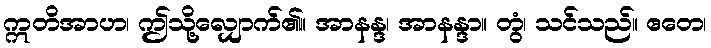
ဣတိအာဟ၊ ဤသို့လျှောက်၏။ အာနန္ဒ၊ အာနန္ဒာ။ တွံ၊ သင်သည်။ ဧတေ၊